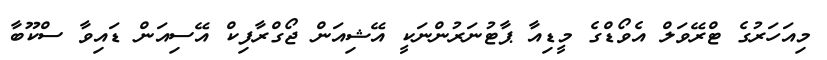
މިއަހަރުގެ ޓްރޭވަލް އެވޯޑްގެ މީޑިއާ ޕާޓުނަރުންނަކީ އޭޝިއަން ޖޯގްރާފިކް އޭސިއަން ޑައިވާ ސްކޫބާ